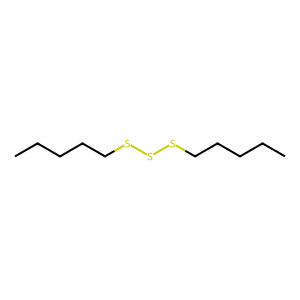
SMILES: CCCCCSSSCCCCC
Inhibits HIV replication: No